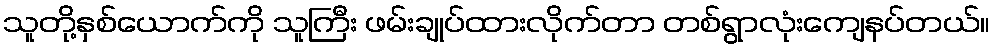
သူတို့နှစ်ယောက်ကို သူကြီး ဖမ်းချုပ်ထားလိုက်တာ တစ်ရွာလုံးကျေနပ်တယ်။